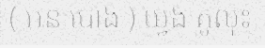
( អន បោង ) យ្វង៑ គូលុ៑ះ